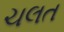
ચલત